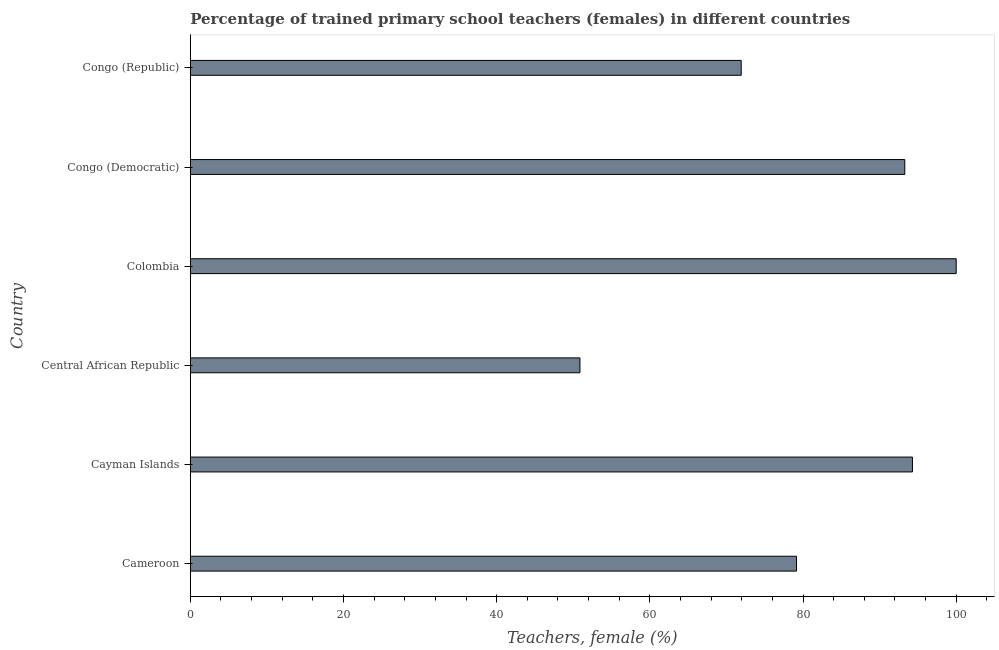
| Country | Trained teachers female |
 | --- | --- |
 | Cameroon | 79.2 |
 | Cayman Islands | 94.3 |
 | Central African Republic | 50.9 |
 | Colombia | 100 |
 | Congo (Democratic) | 93.3 |
 | Congo (Republic) | 71.9 |